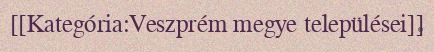
[[Kategória:Veszprém megye települései]]